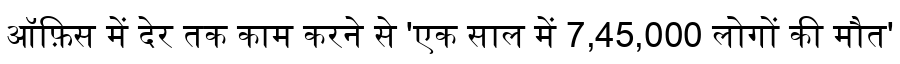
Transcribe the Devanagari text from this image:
ऑफ़िस में देर तक काम करने से 'एक साल में 7,45,000 लोगों की मौत'